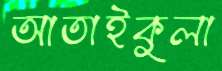
আতাইকুলা